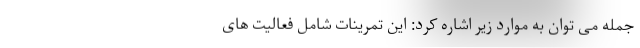
جمله می توان به موارد زیر اشاره کرد: این تمرینات شامل فعالیت های